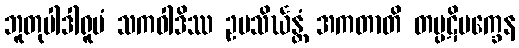
ဘူတုပါဒါရူပံ သကဝါဒိဿ ဥပသိင်္ဃန္တံ အကတာတိ တပ္ပဋိပက္ခေန